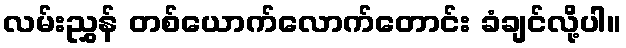
လမ်းညွှန် တစ်ယောက်လောက်တောင်း ခံချင်လို့ပါ။